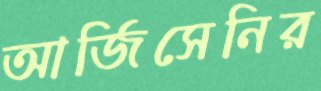
আর্জিসেনির